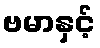
ဗမာနှင့်